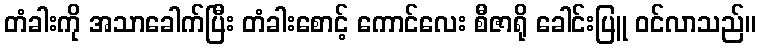
တံခါးကို အသာခေါက်ပြီး တံခါးစောင့် ကောင်လေး စီဇာရို ခေါင်းပြူ ဝင်လာသည်။